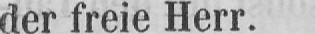
der freie Herr.